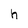
Character: h